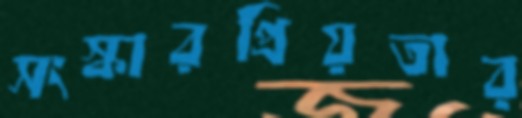
সংস্কারপ্রিয়তার